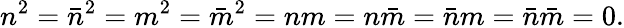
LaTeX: n^{2}=\bar{n}^{2}=m^{2}=\bar{m}^{2}=nm=n\bar{m}=\bar{n}m=\bar{n}\bar{m}=0.